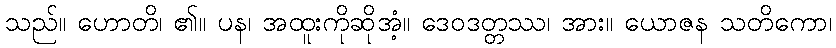
သည်။ ဟောတိ၊ ၏။ ပန၊ အထူးကိုဆိုအံ့။ ဒေဝဒတ္တဿ၊ အား။ ယောဇန သတိကော၊